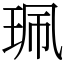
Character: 珮